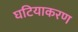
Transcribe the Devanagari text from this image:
घटियाकरण